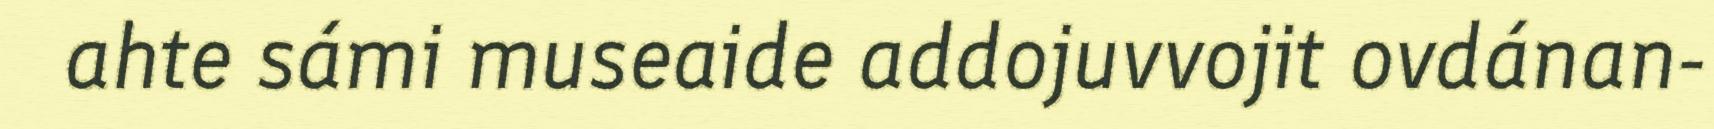
ahte sámi museaide addojuvvojit ovdánan-